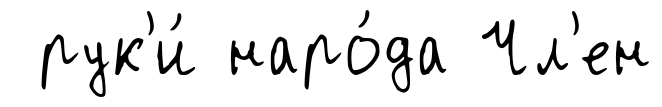
рук'и́ наро́да Чл'ен